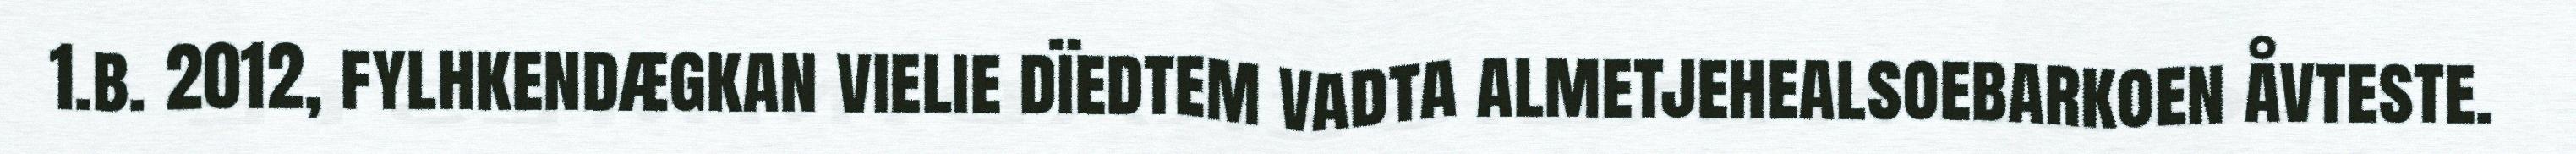
1.b. 2012, fylhkendægkan vielie dïedtem vadta almetjehealsoebarkoen åvteste.